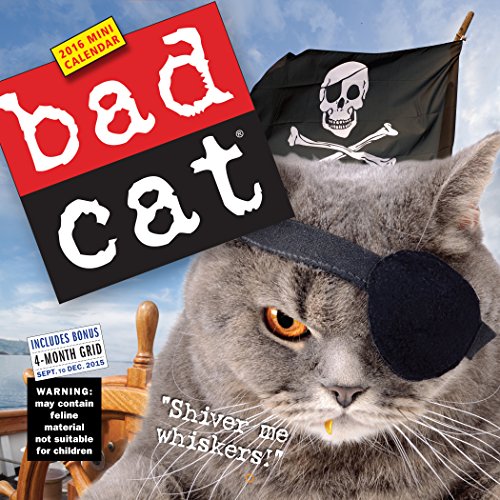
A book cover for Bad Cat Mini Wall Calendar 2016; Workman Publishing; Calendars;